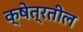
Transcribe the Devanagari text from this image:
क्षेत्रतील